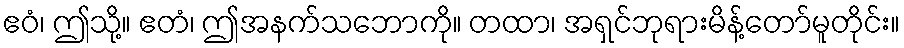
ဧဝံ၊ ဤသို့။ ဧတံ၊ ဤအနက်သဘောကို။ တထာ၊ အရှင်ဘုရားမိန့်တော်မူတိုင်း။